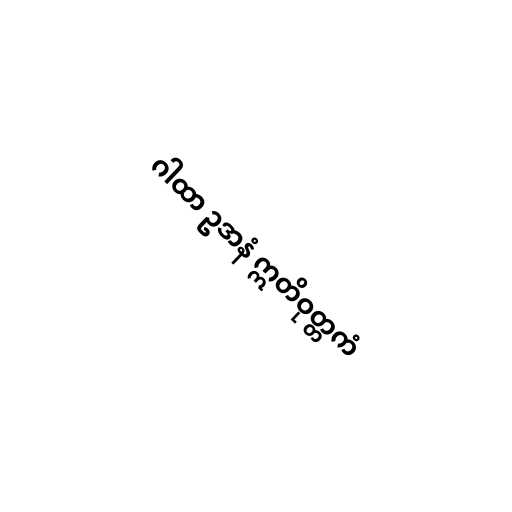
ဂါထာ ဥဒာနံ ဣတိဝုတ္တကံ